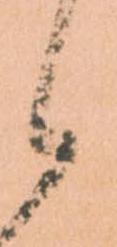
候